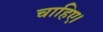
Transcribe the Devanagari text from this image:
चाहिए।